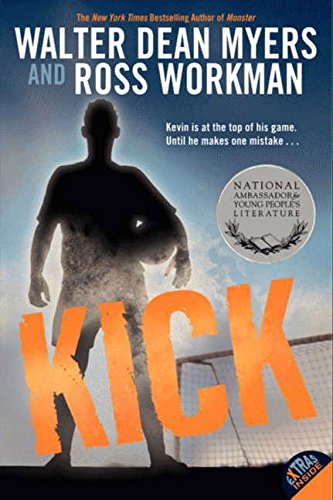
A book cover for Kick; Walter Dean Myers; Teen & Young Adult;